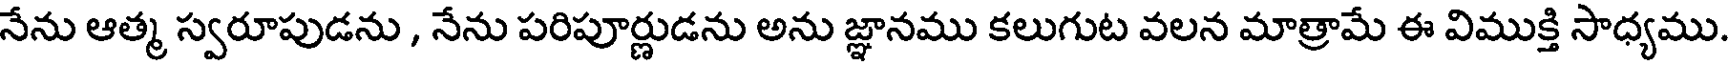
నేను ఆత్మ స్వరూపుడను , నేను పరిపూర్ణుడను అను జ్ఞానము కలుగుట వలన మాత్రామే ఈ విముక్తి సాధ్యము.